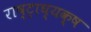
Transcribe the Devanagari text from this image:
राष्ट्राघ्यक्ष